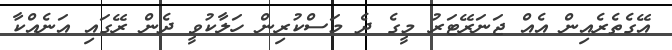
އޭގެތެރެއިން އެއް ޖަނަރޭޓަރު މީގެ ދެ މަސްކުރިން ހަލާކުވީ ދެން ރޭގައި އަނެއްކާ